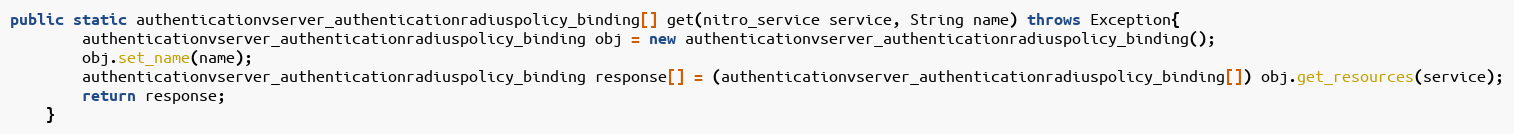
Language: Java
public static authenticationvserver_authenticationradiuspolicy_binding[] get(nitro_service service, String name) throws Exception{
		authenticationvserver_authenticationradiuspolicy_binding obj = new authenticationvserver_authenticationradiuspolicy_binding();
		obj.set_name(name);
		authenticationvserver_authenticationradiuspolicy_binding response[] = (authenticationvserver_authenticationradiuspolicy_binding[]) obj.get_resources(service);
		return response;
	}